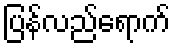
ပြန်လည်ရောက်